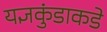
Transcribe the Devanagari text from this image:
यज्ञकुंडाकडे